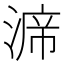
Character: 𭱙